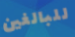
للبالغين